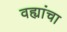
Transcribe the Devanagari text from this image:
वह्यांचा